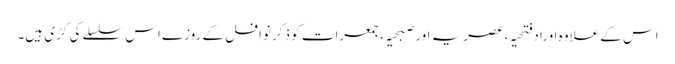
اس کے علاوہ اوراد فتحیہ، عصریہ اور صبحیہ ،جمعرات کو ذکر نوافل کے روزے اس سلسلے کی کڑی ہیں۔